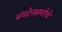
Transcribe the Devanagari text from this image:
संवदेनक्षमतेचे